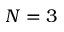
N = 3